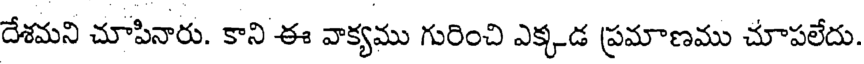
దేశమని చూపినారు. కాని ఈ వాక్యము గురించి ఎక్కడ ప్రమాణము చూపలేదు.